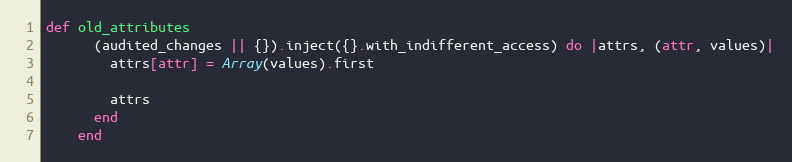
Language: Ruby
def old_attributes
      (audited_changes || {}).inject({}.with_indifferent_access) do |attrs, (attr, values)|
        attrs[attr] = Array(values).first

        attrs
      end
    end